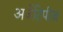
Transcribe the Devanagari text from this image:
अर्जेटिपीज़